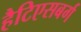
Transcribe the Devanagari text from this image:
हैटिएसबर्ग